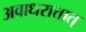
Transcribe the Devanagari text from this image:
अवाधरात्तात्